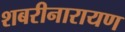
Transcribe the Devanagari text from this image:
शबरीनारायण